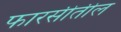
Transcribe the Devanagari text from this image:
फारसीतील